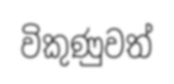
විකුණුවත්